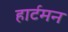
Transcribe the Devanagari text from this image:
हार्टमन